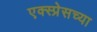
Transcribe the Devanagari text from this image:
एक्स्प्रेसच्या